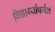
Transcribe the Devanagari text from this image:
विद्यार्थ्यांपर्यंत